Assam Mental Hospital (Tezpur, India) - 1933-1948
Year: 1933
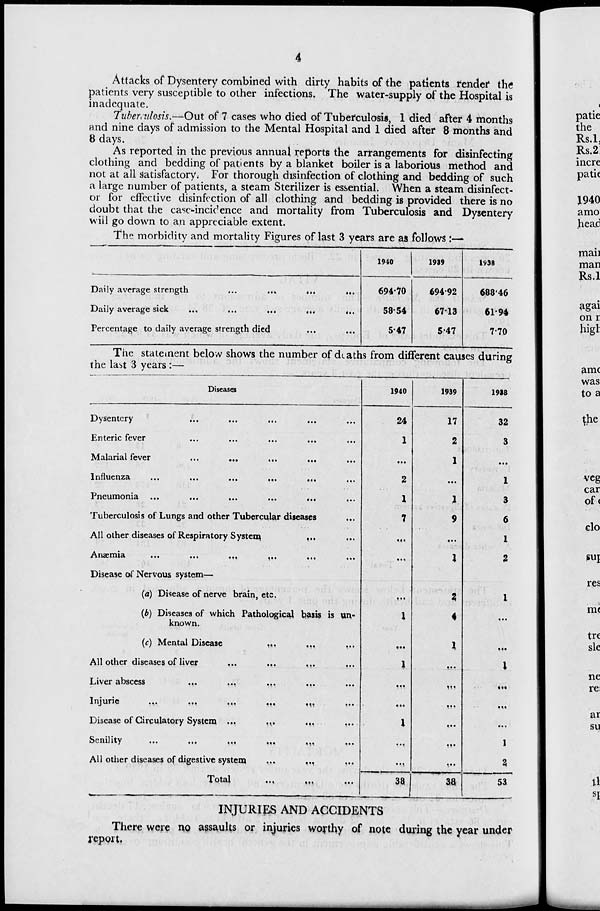
4
Attacks of Dysentery combined with dirty habits of the patients render the
patients very susceptible to other infections. The water-supply of the Hospital is
inadequate.
Tuberculosis.—Out of 7 cases who died of Tuberculosis, 1 died after 4 months
and nine days of admission to the Mental Hospital and 1 died after 8 months and
8 days.
As reported in the previous annual reports the arrangements for disinfecting
clothing and bedding of patients by a blanket boiler is a laborious method and
not at all satisfactory. For thorough disinfection of clothing and bedding of such
a large number of patients, a steam Sterilizer is essential. When a steam disinfect-
or for effective disinfection of all clothing and bedding is provided there is no
doubt that the case-incidence and mortality from Tuberculosis and Dysentery
will go down to an appreciable extent.
The morbidity and mortality Figures of last 3 years are as follows :—
Daily average strength
...
...
...
...
Daily average sick
...
...
...
..
...
Percentage to daily average strength died
1940
694.70
58.54
5.47
1939
694 92
6713
5.47
1938
688 46
61.94
7.70
The statement below shows the number of deaths from different causes during
the last 3 years :—
Diseases.
Dysentery ... ... ... ... ... ...
Enteric fever ... ... ... ... ... ...
Malarial fever ... ... ... ... ... ...
Influenza
...
...
...
...
...
...
Pneumonia ...
...
...
...
...
Tuberculosis of Lungs and other Tubercular diseases ...
All other diseases of Respiratory System ... ...
Anæmia
...
...
...
...
...
...
Disease of Nervous system—
(a) Disease of nerve brain, etc.
(b) Disease, of which Pathological basis is un-
known.
(c) Mental Disease
... ... ... ...
All other diseases of liver ... ... ... ...
Liver abscess
...
...
...
...
Injuric
...
...
...
...
...
...
Disease of Circulatory System ... ... ... ...
Senility
...
...
...
...
...
...
All other diseases of digestive system
... ... ...
Total
... ... ...
1940
24
1
...
2
1
7
...
. ..
...
1
...
1
...
...
1
...
. ..
38
1939
17
2
1
...
1
9
...
1
2
4
1
...
...
...
...
...
...
38
1938
32
3
...
1
3
6
1
2
1
...
...
1
...
...
...
1
2
53
INJURIES AND ACCIDENTS
There were no assaults or injuries worthy of note during the year under
report.